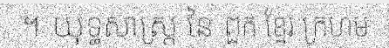
។ យុទ្ធសាស្ត្រ នៃ ពួក ខ្មែរ ក្រហម